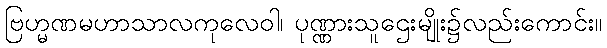
ဗြဟ္မဏမဟာသာလကုလေဝါ၊ ပုဏ္ဏားသူဌေးမျိုး၌လည်းကောင်း။